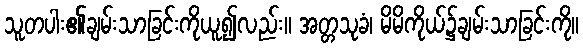
သူတပါး၏ချမ်းသာခြင်းကိုယူ၍လည်း။ အတ္တသုခံ၊ မိမိကိုယ်၌ချမ်းသာခြင်းကို။